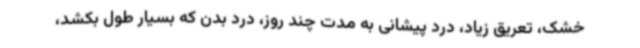
خشک، تعریق زیاد، درد پیشانی به مدت چند روز، درد بدن که بسیار طول بکشد،